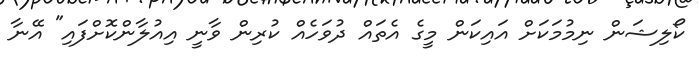
ކޯލިޝަން ނިމުމަކަށް އައިކަން މީގެ އެތައް ދުވަހެއް ކުރިން ވާނީ އިއުލާންކޮށްފައި" އޭނާ